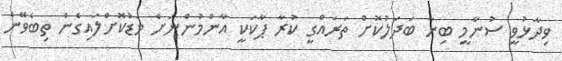
ވިދާޅުވީ ސުނާމީ ބިނާ ބަދަލުކޮށް ތަރައްގީ ކުރާ ޕާކަކީ އާންމުންނަށް މަޑުކޮށްލައިގެން ތިބެވޭނެ